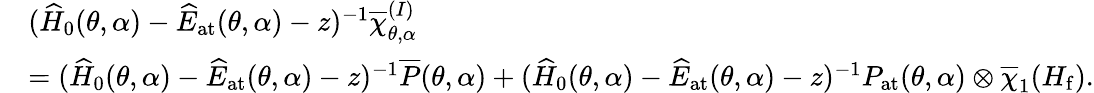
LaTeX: \begin{array}{rl}&{(\widehat{H}_{0}(\theta,\alpha)-\widehat{E}_{\mathrm{at}}(\theta,\alpha)-z)^{-1}\overline{{\chi}}_{\theta,\alpha}^{(I)}}\\ &{=(\widehat{H}_{0}(\theta,\alpha)-\widehat{E}_{\mathrm{at}}(\theta,\alpha)-z)^{-1}\overline{{P}}(\theta,\alpha)+(\widehat{H}_{0}(\theta,\alpha)-\widehat{E}_{\mathrm{at}}(\theta,\alpha)-z)^{-1}P_{\mathrm{at}}(\theta,\alpha)\otimes\overline{{\chi}}_{1}(H_{\mathrm{f}}).}\end{array}